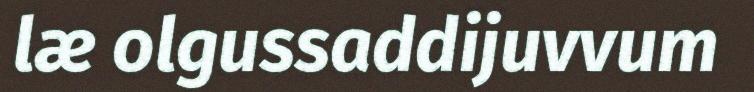
læ olgussaddijuvvum